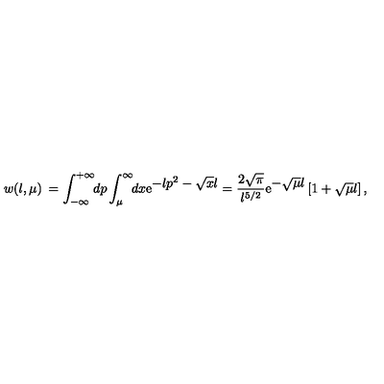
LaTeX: w ( l , \mu ) \: = \int _ { - \infty } ^ { + \infty } \! \! d p \int _ { \mu } ^ { \infty } \! \! d x \mathrm { e } ^ { \textstyle - l p ^ { 2 } - \sqrt { x } l } = \frac { 2 \sqrt { \pi } } { l ^ { 5 / 2 } } \mathrm { e } ^ { \textstyle - \sqrt { \mu } l } \left[ 1 + \sqrt { \mu } l \right] ,